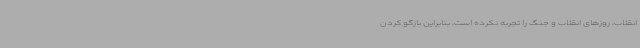
انقلاب، روزهای انقلاب و جنگ را تجربه نکرده است، بنابراین بازگو کردن